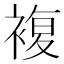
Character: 複